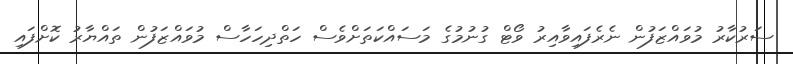
ސަރުކާރު މުވައްޒަފުން ނެރެފައިވާއިރު ވޯޓް ގުނުމުގެ މަސައްކަތަށްވެސް ހަތްދިހަހާސް މުވައްޒަފުން ތައްޔާރު ކޮށްފައި